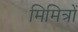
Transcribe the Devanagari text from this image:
मिमित्रों